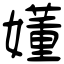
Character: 嬞